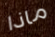
ماذا